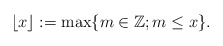
\begin{align*}\lfloor x\rfloor :=\max \{m\in \mathbb{Z};m\leq x\}. \end{align*}